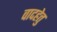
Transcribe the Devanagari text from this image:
वादहेतु